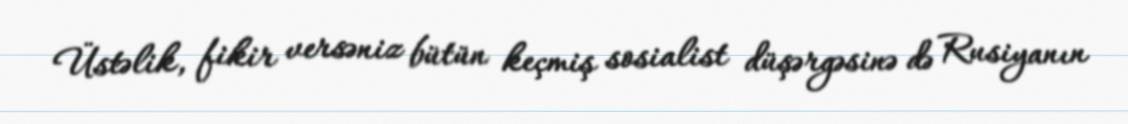
Üstəlik, fikir versəniz bütün keçmiş sosialist düşərgəsinə də Rusiyanın